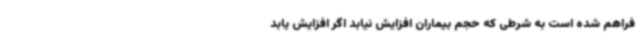
فراهم شده است به شرطی که حجم بیماران افزایش نیابد اگر افزایش یابد